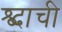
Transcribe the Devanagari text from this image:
श्ब्दाची